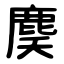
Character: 䴠